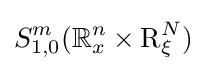
S_{1,0}^{m}(\mathbb {R} _{x}^{n}\times \mathrm {R} _{\xi }^{N})